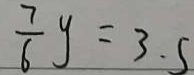
\frac { 7 } { 6 } y = 3 . 5